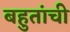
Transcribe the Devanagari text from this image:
बहुतांची